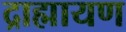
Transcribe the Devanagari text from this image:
द्राह्मायण